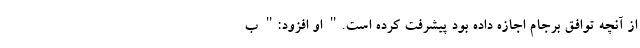
از آنچه توافق برجام اجازه داده بود پیشرفت کرده است." او افزود:" ب